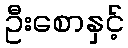
ဦးစောနှင့်